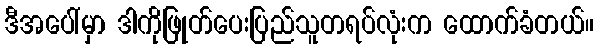
ဒီအပေါ်မှာ ဒါကိုဖြုတ်ပေးပြည်သူတရပ်လုံးက ထောက်ခံတယ်။